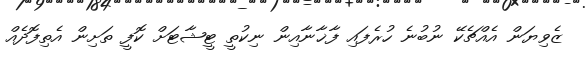
ޒެވިޔަން އެއްޗެކޭ ނުބުނެ ހުރެފައި ފާޚާނާއިން ނިކުތީ ޓީޝާޓަށް ކޮފީ ތަށިން އެތިފޮދެއް